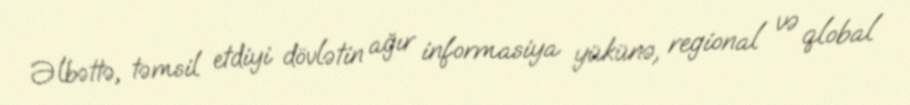
Əlbəttə, təmsil etdiyi dövlətin ağır informasiya yükünə, regional və qlobal